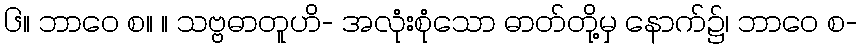
၆။ ဘာဝေ စ။ ။ သဗ္ဗဓာတူဟိ- အလုံးစုံသော ဓာတ်တို့မှ နောက်၌၊ ဘာဝေ စ-